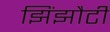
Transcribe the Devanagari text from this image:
झिंझौटी